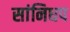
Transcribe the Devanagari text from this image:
सांनिधप